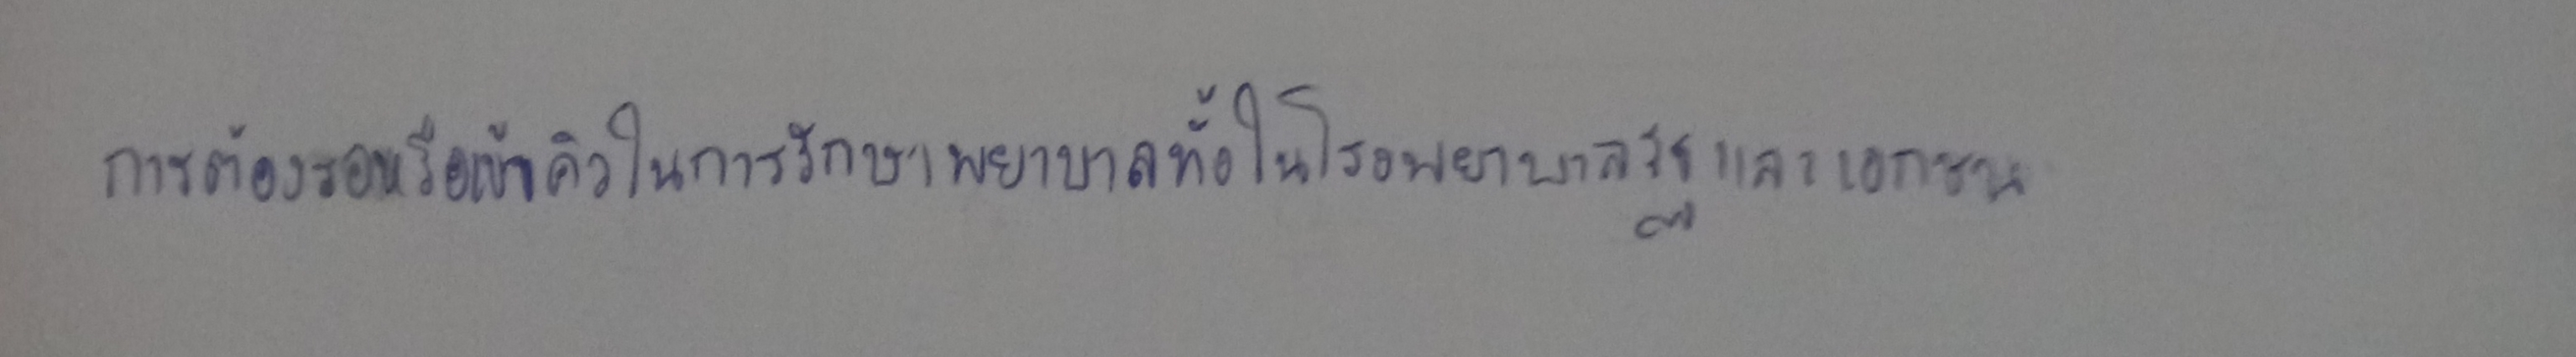
การต้องรอหรือเข้าคิวในการรักษาพยาบาลทั้งในโรงพยาบาลรัฐและเอกชน